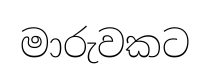
මාරුවකට